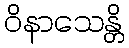
ဝိနာသေန္တိ